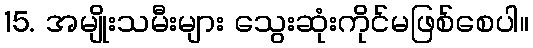
15. အမျိုးသမီးများ သွေးဆုံးကိုင်မဖြစ်စေပါ။